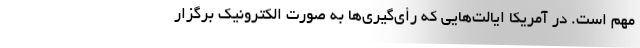
مهم است. در آمریکا ایالت‌هایی که رأی‌گیری‌ها به صورت الکترونیک برگزار